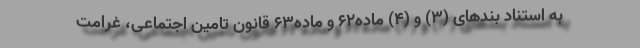
به استناد بندهای (۳) و (۴) ماده۶۲ و ماده۶۳ قانون تامین اجتماعی، غرامت